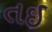
તઇ